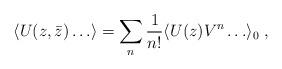
LaTeX: \begin{align*}\langle U(z,\bar z) \ldots \rangle= \sum_n {1\over{n!}} \langle U(z) V^n \ldots \rangle_0\;,\end{align*}